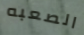
الصعبه